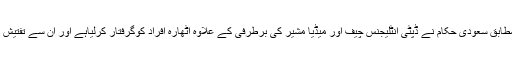
رپورٹس کے مطابق سعودی حکام نے ڈپٹی انٹلیجنس چیف اور میڈیا مشیر کی برطرفی کے علاوہ اٹھارہ افراد کوگرفتار کرلیاہے اور ان سے تفتیش کی جارہی ہے۔